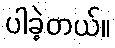
ပါခဲ့တယ်။